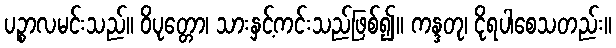
ပဉ္စာလမင်းသည်။ ဝိပုတ္တော၊ သားနှင့်ကင်းသည်ဖြစ်၍။ ကန္ဒတု၊ ငိုရပါစေသတည်း။